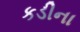
કડીના